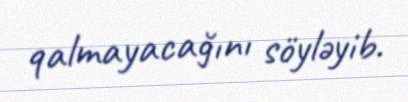
qalmayacağını söyləyib.